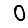
Digit: 0